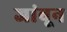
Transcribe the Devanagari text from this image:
जांबून